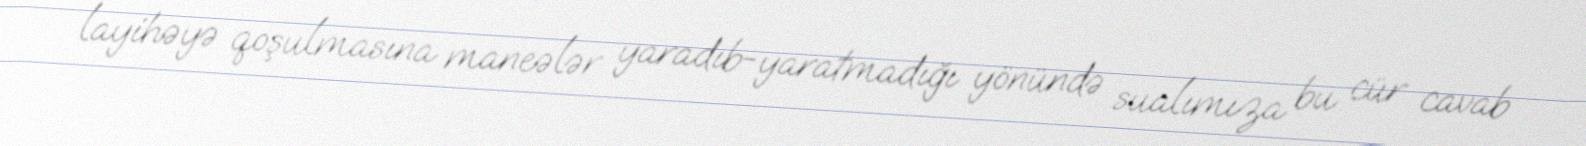
layihəyə qoşulmasına maneələr yaradıb-yaratmadığı yönündə sualımıza bu cür cavab